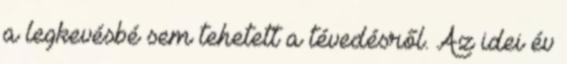
a legkevésbé sem tehetett a tévedésről. Az idei év